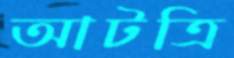
আটত্রি